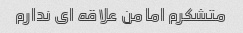
متشکرم اما من علاقه ای ندارم